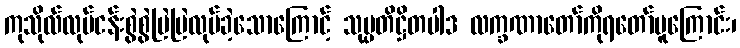
ကုသိုလ်လုပ်ငန်းစွဲစွဲမြဲမြဲလုပ်ခဲ့သောကြောင့် သုပ္ပတိဋ္ဌိတပါဒ လက္ခဏာတော်ကိုရတော်မူကြောင်း၊